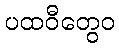
ပထဝီတွေဝ